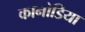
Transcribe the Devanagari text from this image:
कानोडिया